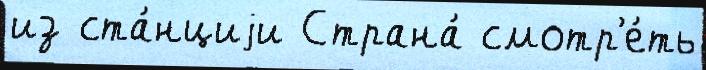
из ста́нциjи Страна́ смотр'е́ть